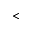
<